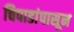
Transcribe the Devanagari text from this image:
चिपाडांपासून